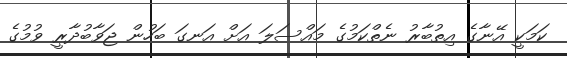
ކަމަކީ އޭނާގެ އިތުބާރު ނެތްކަމުގެ މައްސަލަ އަށް އަނގަ ބަހުން ޖަވާބުދާރީ ވުމުގެ